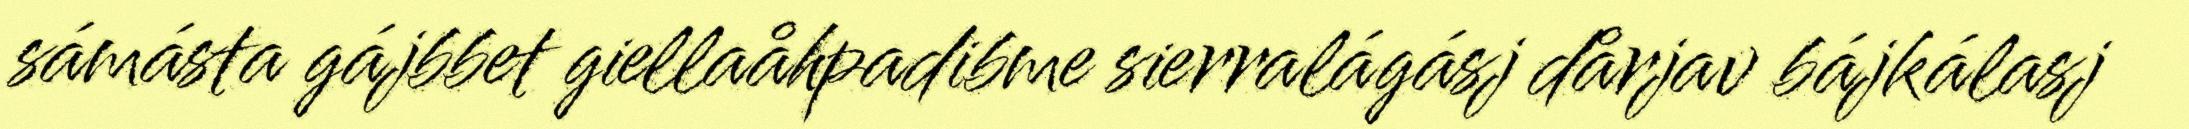
sámásta gájbbet giellaåhpadibme sierralágásj dårjav bájkálasj